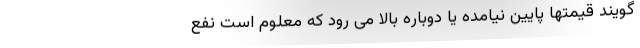
گویند قیمتها پایین نیامده یا دوباره بالا می رود که معلوم است نفع